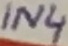
Text: IN4